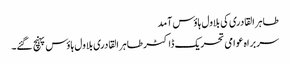
طاہر القادری کی بلاول ہاؤس آمد
سربراہ عوامی تحریک ڈاکٹر طاہر القادری بلاول ہاؤس پہنچ گئے۔